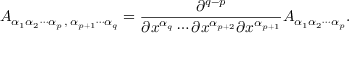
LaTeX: A _ { \alpha _ { 1 } \alpha _ { 2 } \cdots \alpha _ { p } \, , \, \alpha _ { p + 1 } \cdots \alpha _ { q } } = { \frac { \partial ^ { q - p } } { \partial x ^ { \alpha _ { q } } \cdots \partial x ^ { \alpha _ { p + 2 } } \partial x ^ { \alpha _ { p + 1 } } } } A _ { \alpha _ { 1 } \alpha _ { 2 } \cdots \alpha _ { p } } .